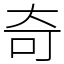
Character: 奇